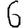
Digit: 6